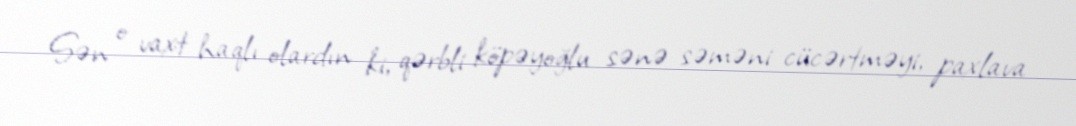
Sən o vaxt haqlı olardın ki, qərbli köpəyoğlu sənə səməni cücərtməyi, paxlava